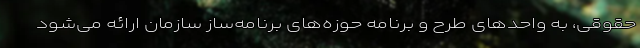
حقوقی، به واحدهای طرح و برنامه حوزه‌های برنامه‌ساز سازمان ارائه می‌شود